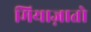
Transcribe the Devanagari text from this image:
मियाज़ातो